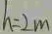
h = 2 m